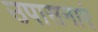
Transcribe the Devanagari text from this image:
उपासनाएं